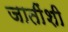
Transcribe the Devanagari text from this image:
जातींशी